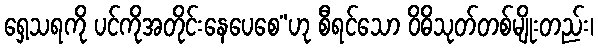
ရှေ့သရကို ပင်ကိုအတိုင်းနေပေစေ”ဟု စီရင်သော ဝိဓိသုတ်တစ်မျိုးတည်း၊